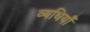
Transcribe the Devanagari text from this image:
व्यधियाँ